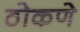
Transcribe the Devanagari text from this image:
ठोकणे